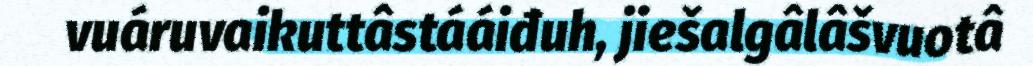
vuáruvaikuttâstááiđuh, jiešalgâlâšvuotâ